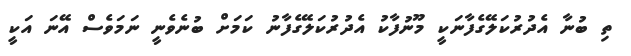
ތި ބުނާ އެދުރުކަލޭގެފާނަކީ މޫނުފާކު އެދުރުކަލޭގެފާނު ކަމަށް ބުނެވެނީ ނަމަވެސް އޭނަ އަކީ